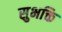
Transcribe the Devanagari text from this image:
सुभक्ति